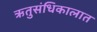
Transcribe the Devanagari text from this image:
ऋतुसंधिकालात